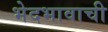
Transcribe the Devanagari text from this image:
भेदभावाची